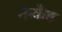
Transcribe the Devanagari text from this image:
मैन्कैंड